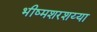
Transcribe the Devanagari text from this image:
भीष्मशरशय्या